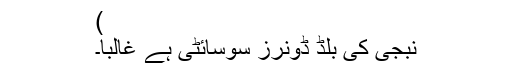
)
نبجی کی بلڈ ڈونرز سوسائٹی ہے غالبا۔